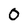
Character: 0